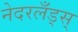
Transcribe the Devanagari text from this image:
नेदरलँड्स्